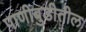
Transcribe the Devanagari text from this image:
पाणीबुडीतील